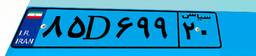
۰۷D۲۵۵۵۶